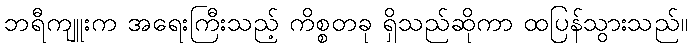
ဘရီကျူးက အရေးကြီးသည့် ကိစ္စတခု ရှိသည်ဆိုကာ ထပြန်သွားသည်။